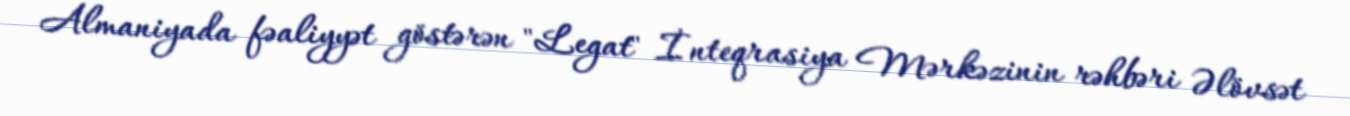
Almaniyada fəaliyyət göstərən "Legat" İnteqrasiya Mərkəzinin rəhbəri Əlövsət